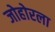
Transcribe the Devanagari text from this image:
जोहोरला